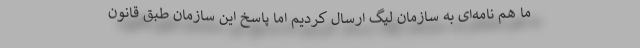
ما هم نامه‌ای به سازمان لیگ ارسال کردیم اما پاسخ این سازمان طبق قانون